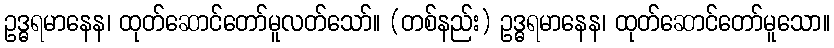
ဥဒ္ဓရမာနေန၊ ထုတ်ဆောင်တော်မူလတ်သော်။ (တစ်နည်း) ဥဒ္ဓရမာနေန၊ ထုတ်ဆောင်တော်မူသော။